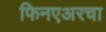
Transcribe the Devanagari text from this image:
फिनएअरचा